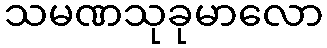
သမဏသုခုမာလော